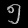
Digit: ၅